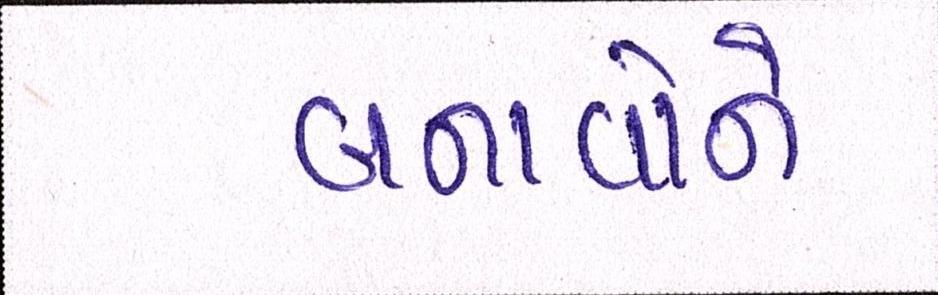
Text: બનાવોને